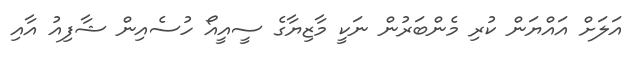
އަލަށް އައްޔަން ކުރި މެންބަރުން ނަކީ މާޒިޔާގެ ސީއީއޯ ހުސެއިން ޝާފިއު އާއި